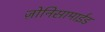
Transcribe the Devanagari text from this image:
ज़ोनिसामाईड